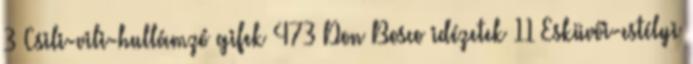
3 Csili-vili-hullámzó gifek 473 Don Bosco idézetek 11 Esküvői-estélyi